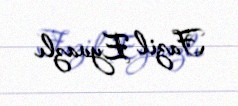
Fazil Eyvazlı